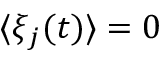
\langle \xi _ { j } ( t ) \rangle = 0